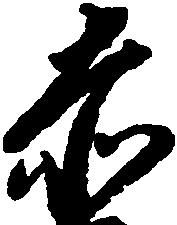
赤